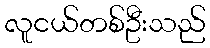
လူငယ်တစ်ဦးသည်